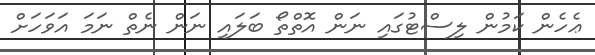
ޢެހެން ކަމުން ލިސްޓުގައި ނަން އޮތްތޯ ބަލައި ނަން ނެތް ނަމަ އަވަހަށް